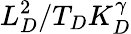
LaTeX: L_{D}^{2}/T_{D}K_{D}^{\gamma}